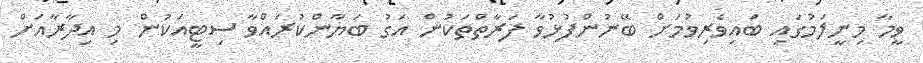
ވީމާ މިނީލަމުގައި ބައިވެރިވުމަށް ބޭނުންފުޅުވާ ފަރާތްތަކުން އަގު ބަޔާންކުރައްވާ ސިޓީއަކުން މި އިދާރާއަށް